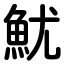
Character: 魷